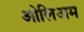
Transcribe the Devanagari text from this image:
ओलिअम